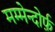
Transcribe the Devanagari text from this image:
मम्मेन्दोर्फ़